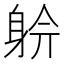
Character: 𨉅